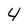
Character: 4